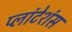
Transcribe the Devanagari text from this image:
प्लांटेशंस